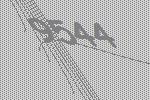
9544